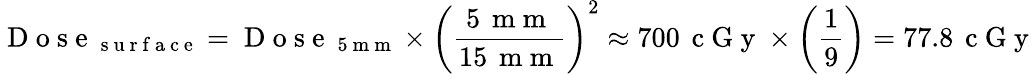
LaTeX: \mathrm{~D~o~s~e~}_{\mathrm{~s~u~r~f~a~c~e~}}=\mathrm{~D~o~s~e~}_{\mathrm{~5~m~m~}}\times\left(\frac{5\, \mathrm{~m~m~}}{15\, \mathrm{~m~m~}}\right)^{2}\approx 700\, \mathrm{~c~G~y~}\times\left(\frac{1}{9}\right)=77.8\, \mathrm{~c~G~y~}